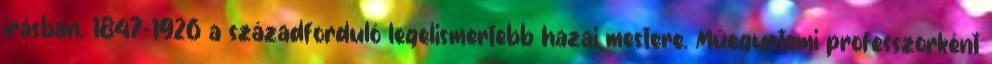
írásban. 1847-1926 a századforduló legelismertebb hazai mestere. Műegyetemi professzorként